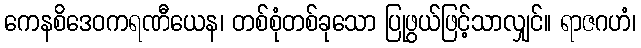
ကေနစိဒေဝကရဏီယေန၊ တစ်စုံတစ်ခုသော ပြုဖွယ်ဖြင့်သာလျှင်။ ရာဇဂဟံ၊